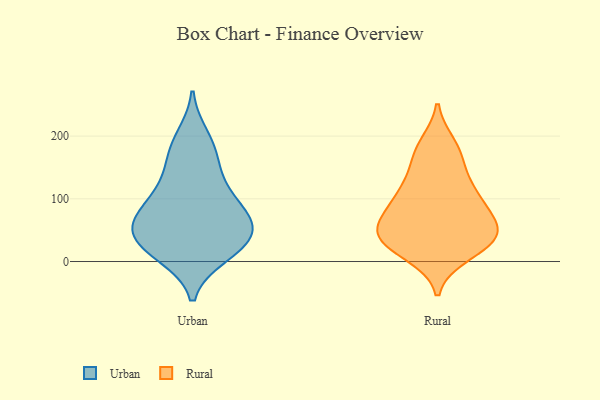
{"axis": {"x": "Bounce Rate (%)", "y": "Value"}, "legend": ["Rural", "Urban"], "data": [{"x": "", "y": 10, "type": "Urban"}, {"x": "", "y": 114, "type": "Urban"}, {"x": "", "y": 28, "type": "Urban"}, {"x": "", "y": 127, "type": "Urban"}, {"x": "", "y": 30, "type": "Urban"}, {"x": "", "y": 12, "type": "Urban"}, {"x": "", "y": 72, "type": "Urban"}, {"x": "", "y": 72, "type": "Urban"}, {"x": "", "y": 199, "type": "Urban"}, {"x": "", "y": 178, "type": "Urban"}, {"x": "", "y": 98, "type": "Urban"}, {"x": "", "y": 64, "type": "Urban"}, {"x": "", "y": 54, "type": "Urban"}, {"x": "", "y": 163, "type": "Urban"}, {"x": "", "y": 35, "type": "Urban"}, {"x": "", "y": 59, "type": "Urban"}, {"x": "", "y": 36, "type": "Rural"}, {"x": "", "y": 21, "type": "Rural"}, {"x": "", "y": 119, "type": "Rural"}, {"x": "", "y": 36, "type": "Rural"}, {"x": "", "y": 175, "type": "Rural"}, {"x": "", "y": 64, "type": "Rural"}, {"x": "", "y": 12, "type": "Rural"}, {"x": "", "y": 185, "type": "Rural"}, {"x": "", "y": 64, "type": "Rural"}, {"x": "", "y": 87, "type": "Rural"}, {"x": "", "y": 41, "type": "Rural"}, {"x": "", "y": 116, "type": "Rural"}, {"x": "", "y": 45, "type": "Rural"}, {"x": "", "y": 37, "type": "Rural"}, {"x": "", "y": 111, "type": "Rural"}, {"x": "", "y": 163, "type": "Rural"}, {"x": "", "y": 83, "type": "Rural"}]}